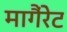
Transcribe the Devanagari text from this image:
मागैंरेट